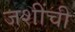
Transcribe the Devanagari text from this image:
जशींची